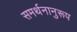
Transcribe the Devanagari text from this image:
समर्थनानुरूप